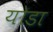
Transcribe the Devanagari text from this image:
योडा